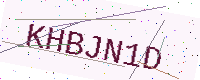
Text: KHBJN1D